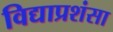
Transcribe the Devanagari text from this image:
विद्याप्रशंसा